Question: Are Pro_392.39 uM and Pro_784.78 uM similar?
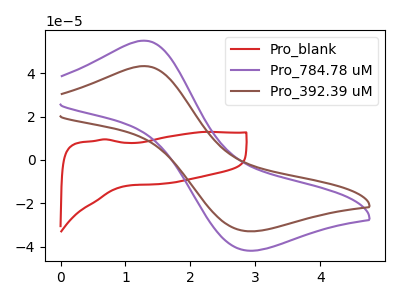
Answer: <think>The red curve "Pro_blank" has no peaks. The purple curve "Pro_784.78 uM" has an anodic peak at (1.30V, 55.00uA) and a cathodic peak at (2.85V, -41.85uA). The brown curve "Pro_392.39 uM" has an anodic peak at (1.30V, 43.25uA) and a cathodic peak at (2.85V, -32.95uA).
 All the peaks in "Pro_392.39 uM" have a peak in "Pro_784.78 uM" at the same potential. Every peak in "Pro_392.39 uM" is lower than every peak in "Pro_784.78 uM".</think>
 <answer>"Pro_392.39 uM" and "Pro_784.78 uM" are similar in shape.</answer>
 <eval>same_shape</eval>